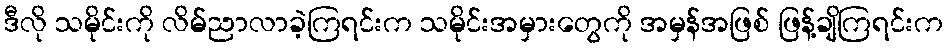
ဒီလို သမိုင်းကို လိမ်ညာလာခဲ့ကြရင်းက သမိုင်းအမှားတွေကို အမှန်အဖြစ် ဖြန့်ချိကြရင်းက